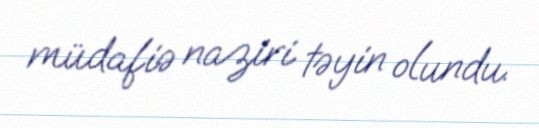
müdafiə naziri təyin olundu.